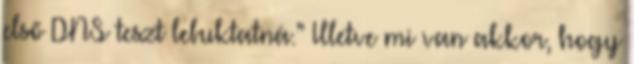
első DNS teszt lebuktatná.” Illetve mi van akkor, hogy